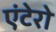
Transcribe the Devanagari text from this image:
एंटेरो